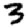
Digit: 3